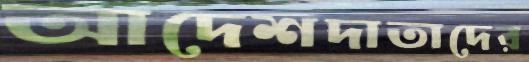
আদেশদাতাদের